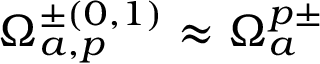
\Omega _ { a , p } ^ { \pm ( 0 , 1 ) } \approx \Omega _ { a } ^ { p \pm }